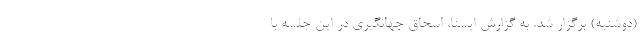
(دوشنبه) برگزار شد. به گزارش ایسنا، اسحاق جهانگیری در این جلسه با